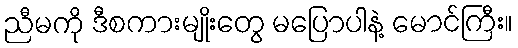
ညီမကို ဒီစကားမျိုးတွေ မပြောပါနဲ့ မောင်ကြီး။